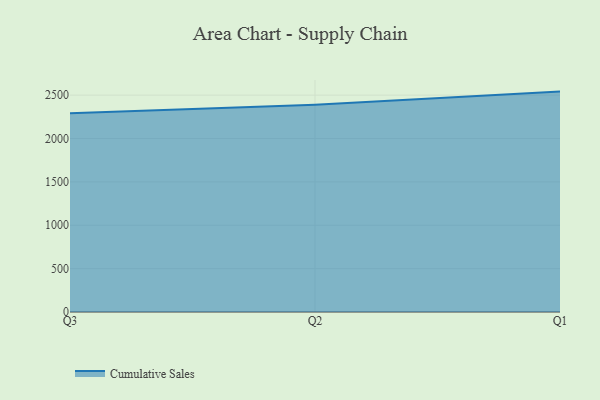
{"axis": {"x": "Quarter", "y": "Satisfaction Score"}, "legend": ["Cumulative Sales"], "data": [{"x": "Q3", "y": 2291.1, "type": "Cumulative Sales"}, {"x": "Q2", "y": 2388.4, "type": "Cumulative Sales"}, {"x": "Q1", "y": 2540.7, "type": "Cumulative Sales"}]}